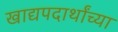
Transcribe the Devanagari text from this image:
खाद्यपदार्थांच्या